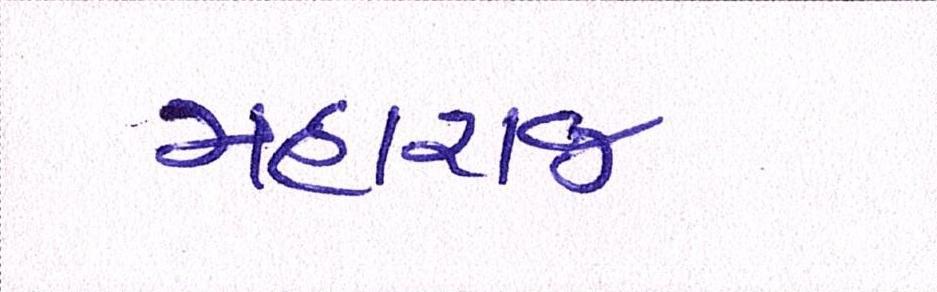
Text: મહારાજ